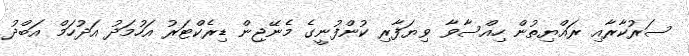
ސަރުކާރާއި ރައްޔިތުން ހިއްސާވާ ވިޔަފާރި ކުންފުނީގެ މެނޭޖިން ޑިރެކްޓަރު އަހުމަދު އަދުހަމް އަބްދު